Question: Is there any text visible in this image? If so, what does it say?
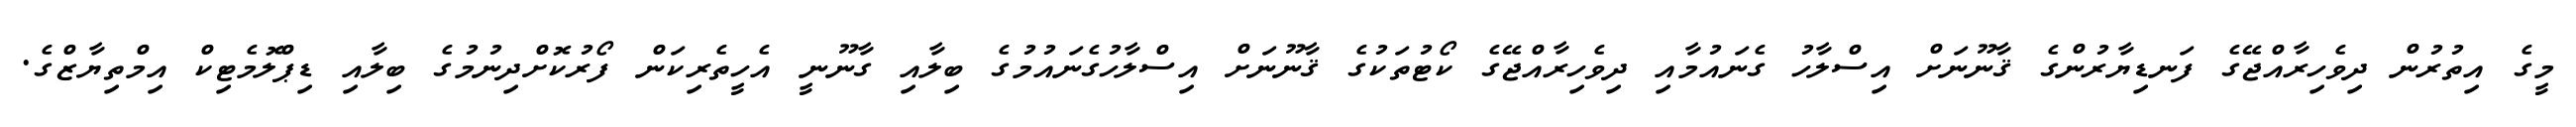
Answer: މީގެ އިތުރުން ދިވެހިރާއްޖޭގެ ފަނޑިޔާރުންގެ ޤާނޫނަށް އިސްލާހު ގެނައުމާއި ދިވެހިރާއްޖޭގެ ކޯޓުތަކުގެ ޤާނޫނަށް އިސްލާހުގެނައުމުގެ ބިލާއި ގާނޫނީ އެހީތެރިކަން ފޯރުކޮށްދިނުމުގެ ބިލާއި ޑިޕްލޮމެޓިކް އިމްތިޔާޒްގެ.